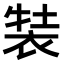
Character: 𧚒